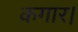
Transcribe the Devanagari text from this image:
कगार।